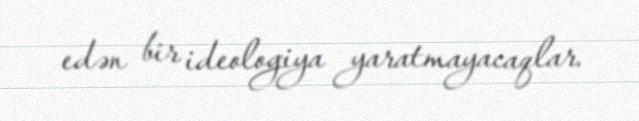
edən bir ideologiya yaratmayacaqlar.